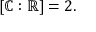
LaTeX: [ \mathbb { C } : \mathbb { R } ] = 2 .